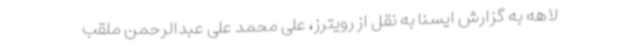
لاهه به گزارش ایسنا به نقل از رویترز، علی محمد علی عبدالرحمن ملقب